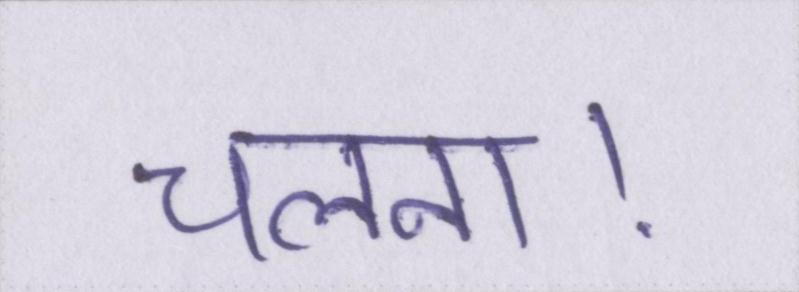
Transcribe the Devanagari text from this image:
चलना।